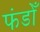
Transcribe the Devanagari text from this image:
फंडोँ